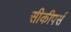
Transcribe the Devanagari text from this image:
सीकीपर्स